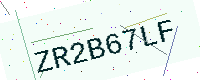
Text: ZR2B67LF